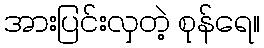
အားပြင်းလှတဲ့ စုန်ရေ။